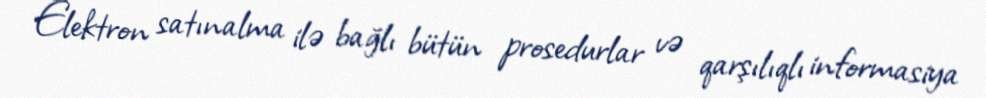
Elektron satınalma ilə bağlı bütün prosedurlar və qarşılıqlı informasiya